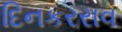
દિનકરરાવ